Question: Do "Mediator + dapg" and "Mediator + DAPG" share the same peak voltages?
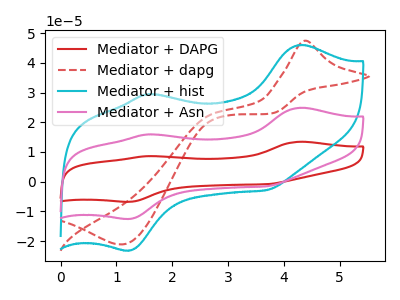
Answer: <think>The red curve "Mediator + DAPG" has anodic peaks at (4.30V, 49.75uA) (1.60V, 31.90uA) and cathodic peaks at (1.20V, -24.95uA) (3.70V, -3.05uA). The red dashed curve "Mediator + dapg" has an anodic peak at (4.40V, 47.40uA) and a cathodic peak at (1.10V, -21.10uA). The cyan curve "Mediator + hist" has anodic peaks at (4.30V, 46.00uA) (1.60V, 29.50uA) and cathodic peaks at (1.20V, -23.10uA) (3.70V, -2.80uA). The pink curve "Mediator + Asn" has anodic peaks at (4.30V, 24.85uA) (1.60V, 15.95uA) and cathodic peaks at (1.20V, -12.50uA) (3.70V, -1.50uA).</think>
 <answer>No, "Mediator + dapg" and "Mediator + DAPG" have a different number of peaks.</answer>
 <eval>different_amount</eval>